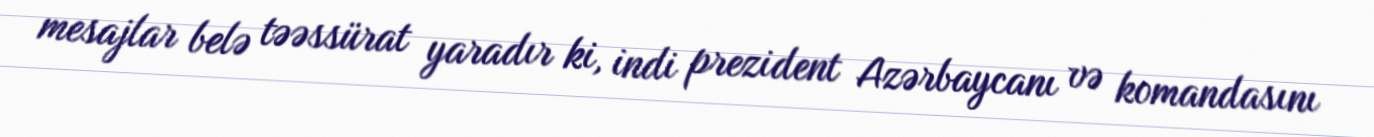
mesajlar belə təəssürat yaradır ki, indi prezident Azərbaycanı və komandasını